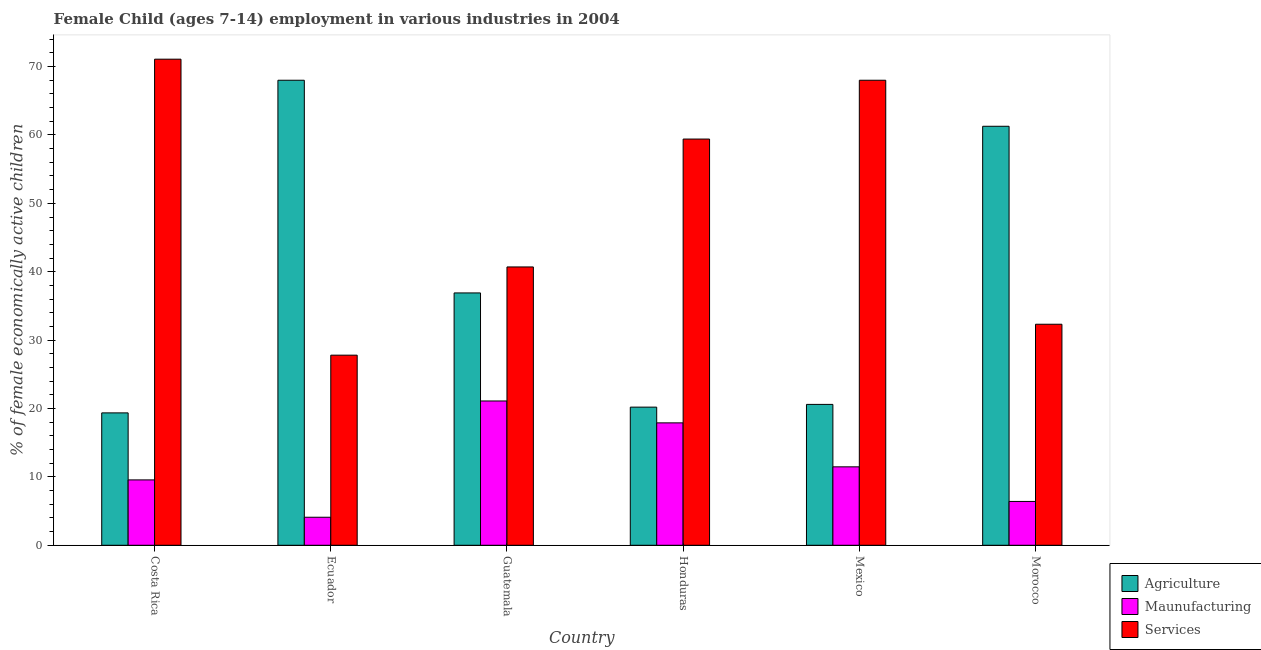
| Country | Agriculture | Maunufacturing | Services |
 | --- | --- | --- | --- |
 | Costa Rica | 19.4 | 9.56 | 71.1 |
 | Ecuador | 68 | 4.1 | 27.8 |
 | Guatemala | 36.9 | 21.1 | 40.7 |
 | Honduras | 20.2 | 17.9 | 59.4 |
 | Mexico | 20.6 | 11.5 | 68 |
 | Morocco | 61.3 | 6.41 | 32.3 |